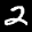
Label: 2